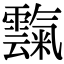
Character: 霼